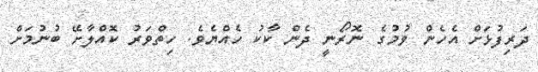
ދަރިފުޅަށް އެހެން ވުމުގެ ނޮރޯނީ ދެން ކާކު ހެއްޔެވެ. ހިތްވަރު ކޮއްލާށޭ ބުނުމަށް